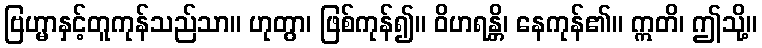
ဗြဟ္မာနှင့်တူကုန်သည်သာ။ ဟုတွာ၊ ဖြစ်ကုန်၍။ ဝိဟရန္တိ၊ နေကုန်၏။ ဣတိ၊ ဤသို့။